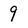
Character: 9